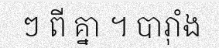
ៗ ពី គ្នា ។ បារ៉ាំង